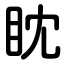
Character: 眈